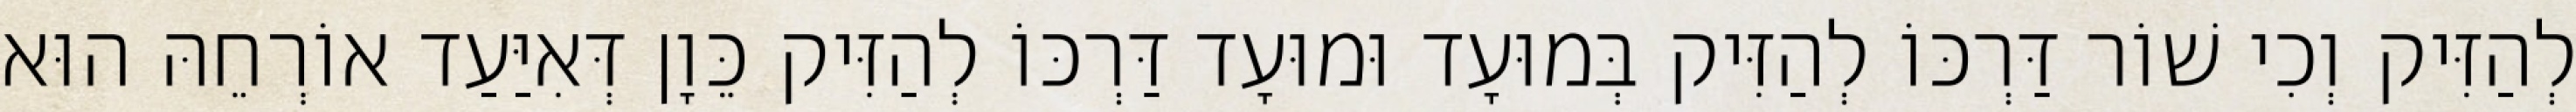
לְהַזִּיק וְכִי שׁוֹר דַּרְכּוֹ לְהַזִּיק בְּמוּעָד וּמוּעָד דַּרְכּוֹ לְהַזִּיק כֵּוָן דְּאִיַּעַד אוֹרְחֵהּ הוּא